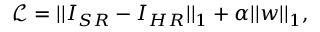
\mathcal { L } = | | I _ { S R } - I _ { H R } | | _ { 1 } + \alpha | | w | | _ { 1 } ,